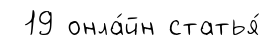
19 онла́йн статья́